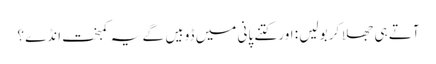
آتے ہی جھلا کر بولیں : اور کتنے پانی میں ڈوبیں گے یہ کمبخت انڈے ؟